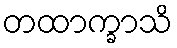
တထာက္ခာသိ